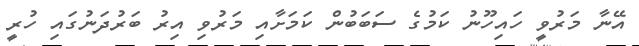
އޭނާ މަރުވީ ހައިހޫނު ކަމުގެ ސަބަބުން ކަމަށާއި މަރުވި އިރު ބަރުދަނުގައި ހުރީ